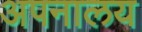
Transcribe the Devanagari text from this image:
अपनालय